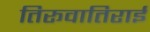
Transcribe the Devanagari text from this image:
तिरूवातिराई